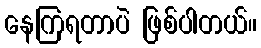
နေကြရတာပဲ ဖြစ်ပါတယ်။